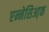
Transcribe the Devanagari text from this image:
एम्नेसिआ़क